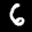
Label: 6